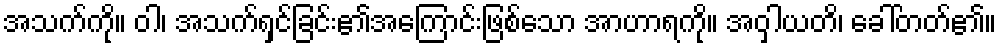
အသက်ကို။ ဝါ၊ အသက်ရှင်ခြင်း၏အကြောင်းဖြစ်သော အာဟာရကို။ အဝှါယတိ၊ ခေါ်တတ်၏။